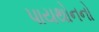
પાયથોનનો